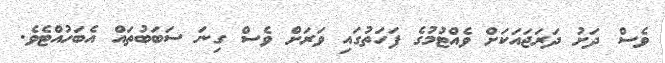
ވެސް ދަށު ދަރަޖައަކަށް ވެއްޓުމުގެ ފަހަތުގައި ވަރަށް ވެސް ގިނަ ސަބަބުތައް އެބަހުއްޓެވެ.